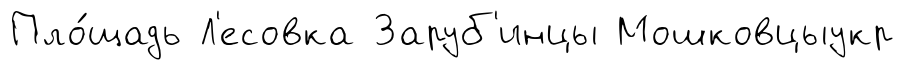
Пло́щадь Л'есовка Заруб'инцы Мошковцыукр